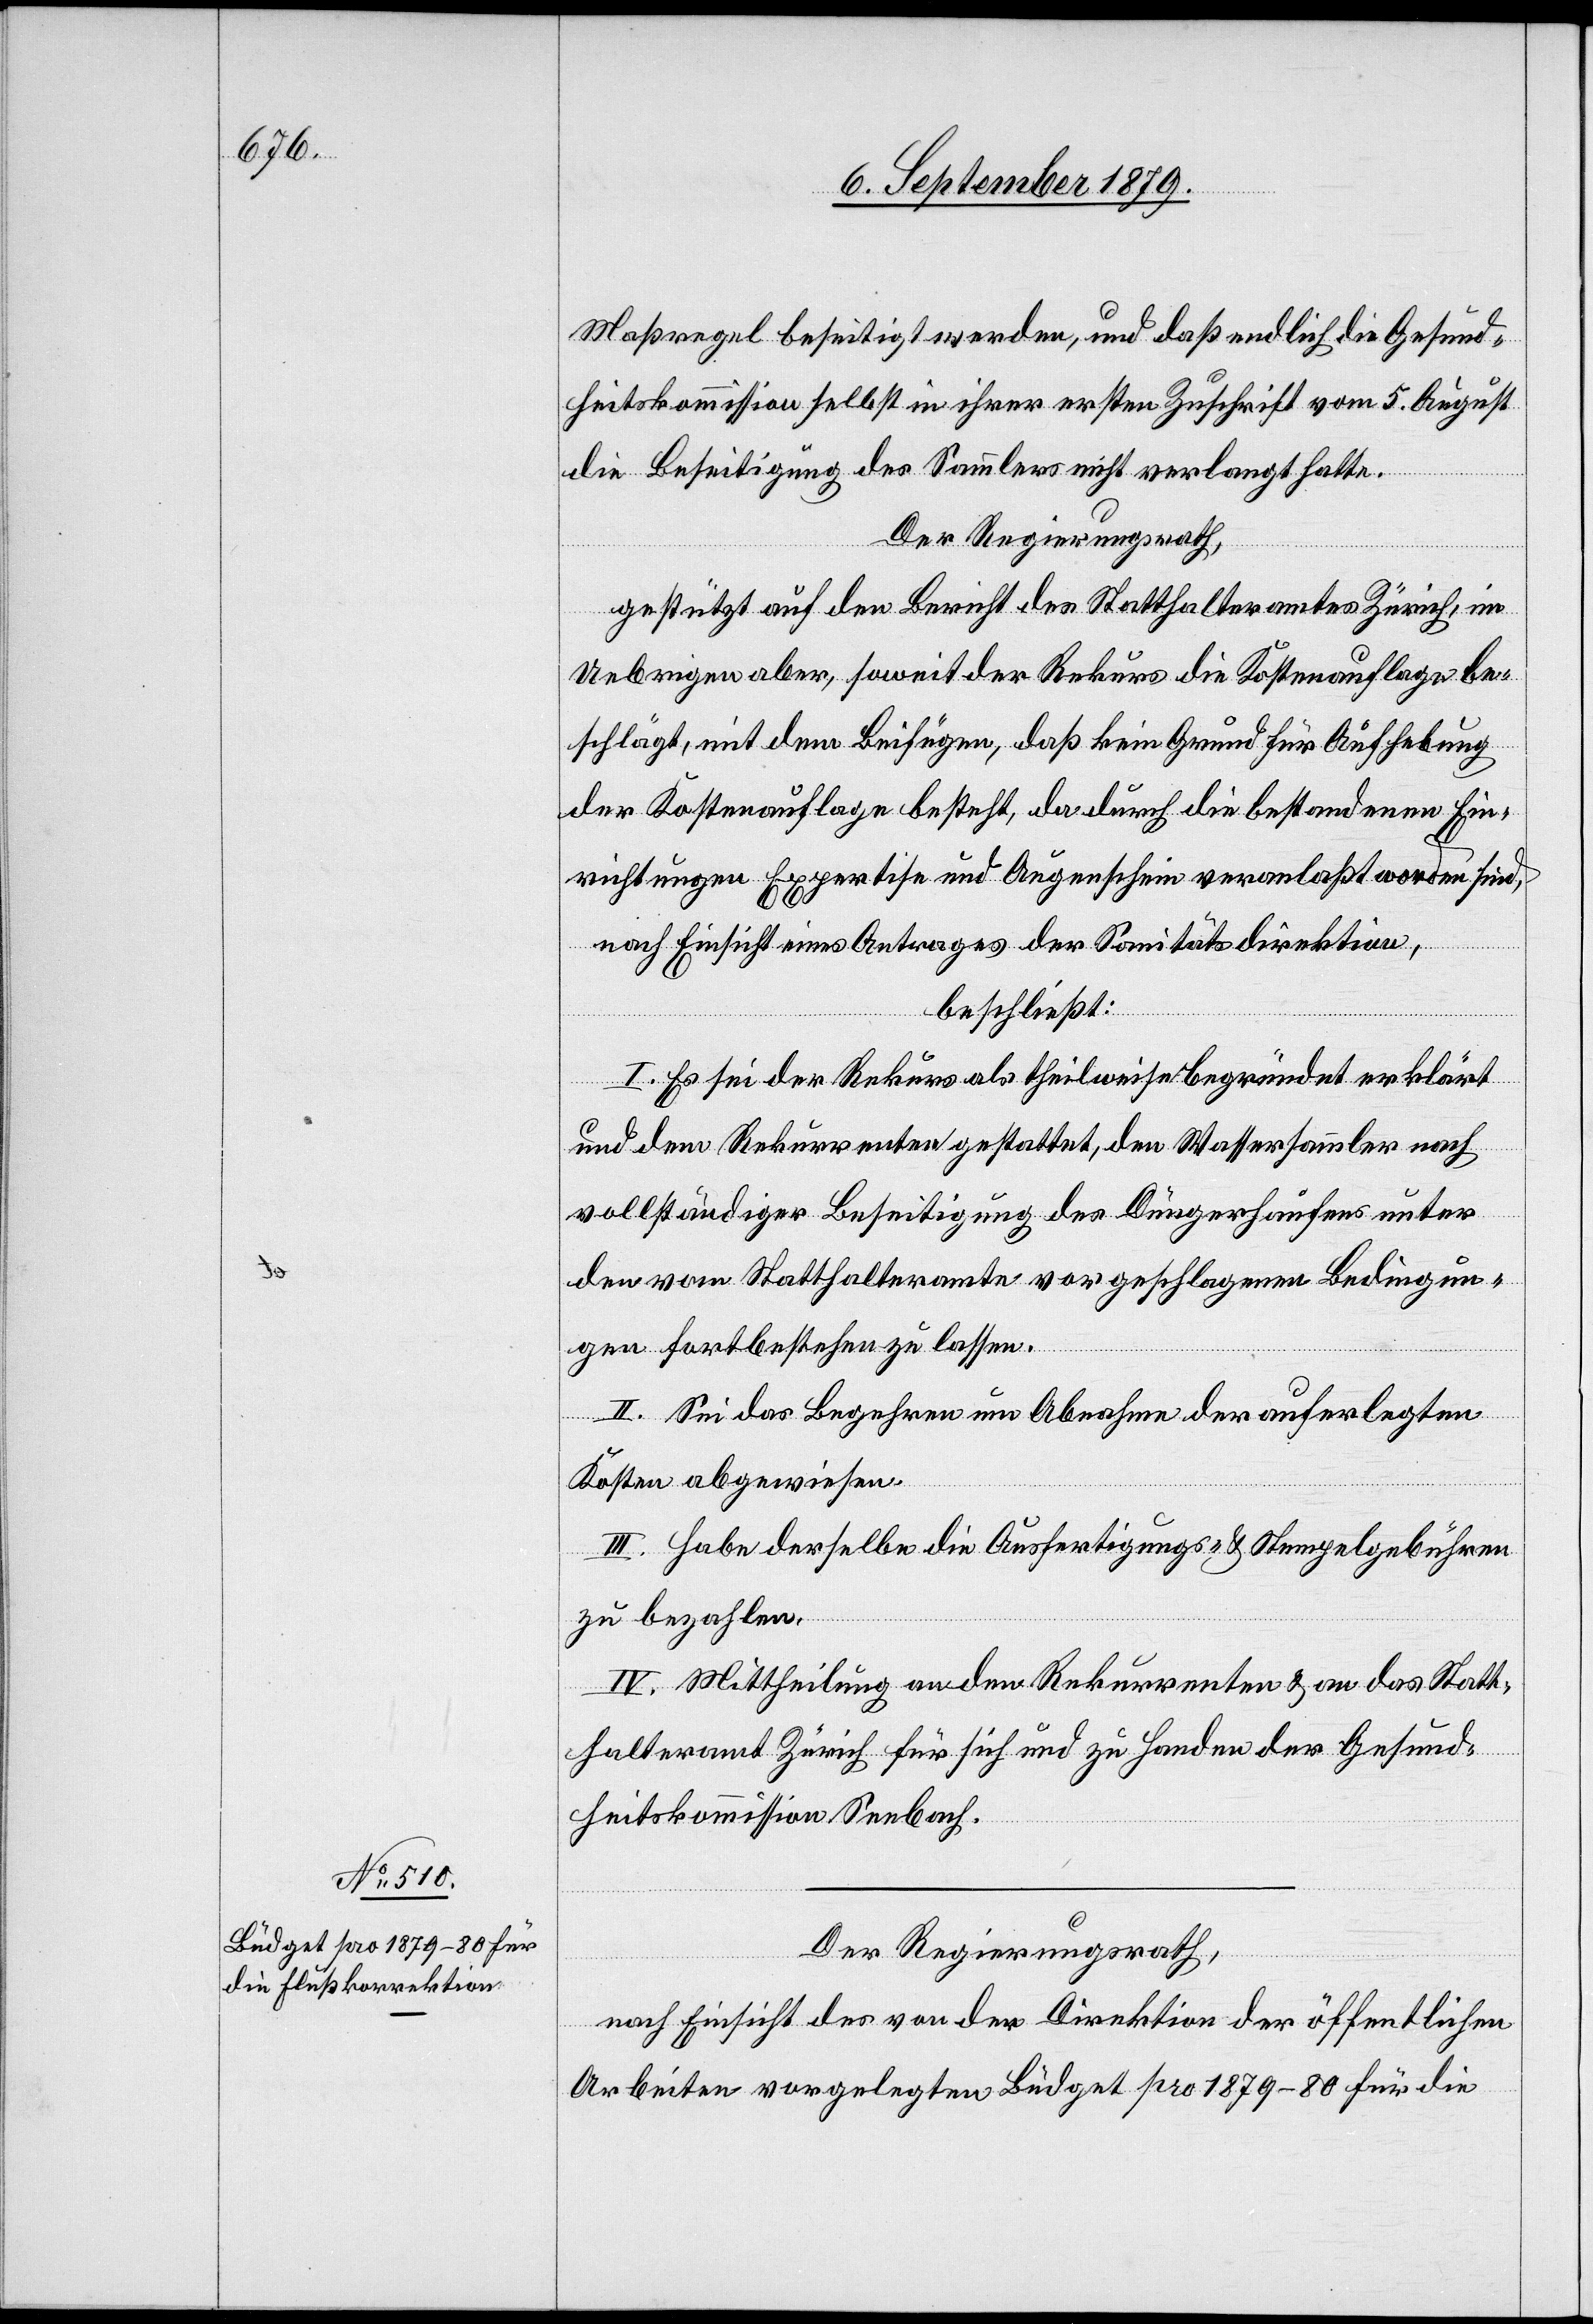
Maßregel beseitigt werden, und daß endlich die Gesund¬
heitskommission selbst in ihrer ersten Zuschrift vom 5. August
die Beseitigung des Sammlers nicht verlangt hatte.
Der Regierungsrath,
gestützt auf den Bericht des Statthalteramtes Zürich, im
Uebrigen aber, soweit der Rekurs die Kostenauflage be¬
schlägt, mit dem Beifügen, daß kein Grund für Aufhebung
der Kostenauflage besteht, da durch die bestandenen Ein¬
richtungen Expertise und Augenschein veranlaßt worden sind,
nach Einsicht eines Antrages der Sanitätsdirektion,
beschließt:
I. Es sei der Rekurs als theilweise begründet erklärt
und dem Rekurrenten gestattet, den Wassersammler nach
vollständiger Beseitigung des Düngerhaufens unter
den vom Statthalteramte vorgeschlagenen Bedingun¬
gen fortbestehen zu lassen.
II. Sei das Begehren um Abnahme der auferlegten
Kosten abgewiesen.
III. Habe derselbe die Ausfertigungs- und Stempelgebühren
zu bezahlen.
IV. Mittheilung an den Rekurrenten & an das Statt¬
halteramt Zürich für sich und zu Handen der Gesund¬
heitskommission Seebach.
Der Regierungsrath,
nach Einsicht des von der Direktion der öffentlichen
Arbeiten vorgelegten Büdget pro 1879–80 für die